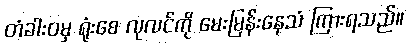
တံခါးဝမှ ရုံးစေ လုလင်ကို မေးမြန်းနေသံ ကြားရသည်။